Scottish Leaving Certificate Examination, 1953
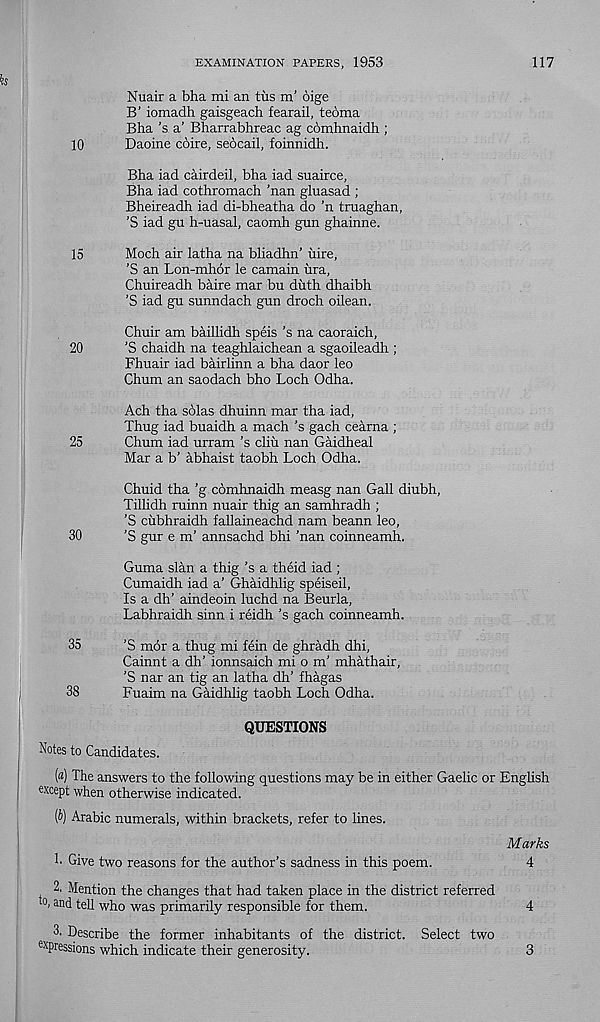
EXAMINATION PAPERS, 1953
117
Nuair a bha mi an tus m’ 6ige
B’ iomadh gaisgeach fearail, teoma
Bha's a’ Bharrabhreac ag cbmhnaidh ;
10
Daoine coire, seocail, foinnidh.
Bha iad cairdeil, bha iad suairce,
Bha iad cothromach ’nan gluasad ;
Bheireadh iad di-bheatha do ’n traaghan,
’S iad gu h-uasal, caomh gun ghainne.
15
Moch air latha na bliadhn’ uire,
’S an Lon-mhor le camain ura,
Chuireadh baire mar bu duth dhaibh
’S iad gu sunndach gun droch oilcan.
Chuir am baillidh speis ’s na caoraich,
20
'S chaidh na teaghlaichean a sgaoileadh ;
Fhuair iad bairlinn a bha daor leo
Chum an saodach bho Loch Odha.
Ach tha solas dhuinn mar tha iad,
Thug iad buaidh a mach’s gach cearna ;
25
Chum iad urram ’s cliu nan Gaidheal
Mar a b’ abhaist taobh Loch Odha.
Chuid tha ’g comhnaidh measg nan Gall diubh,
Tillidh ruinn nuair thig an samhradh ;
’S cubhraidh fallaineachd nam beann leo,
30
’S gur e m’ annsachd bhi ’nan coinneamh.
Guma slan a thig’s a theid iad ;
Cumaidh iad a’ Ghaidhlig speiseil,
Is a dh’ aindeoin luchd na Beurla,
Labhraidh sinn i reidh’s gach coinneamh.
35
’S mor a thug mi fein de ghradh dhi,
Cainnt a dh’ ionnsaich mi o m’ mhathair,
’S nar an tig an latha dh’ fhagas
38
Fuaim na Gaidhlig taobh Loch Odha.
QUESTIONS
Notes to Candidates.
(«) The answers to the following questions may be in either Gaelic or English
except when otherwise indicated.
(6) Arabic numerals, within brackets, refer to lines.
Marks
!• Give two reasons for the author’s sadness in this poem.
4
2. Mention the changes that had taken place in the district referred
°. and tell who was primarily responsible for them.
4
3. Describe the former inhabitants of the district. Select two
ex pressions which indicate their generosity.
3